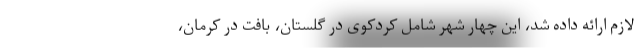
لازم ارائه داده شد، این چهار شهر شامل کردکوی در گلستان، بافت در کرمان،